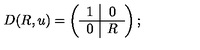
D ( R , u ) = \left( \begin{array} { c | c } { 1 } & { 0 } \\ \hline { 0 } & { R } \\ \end{array} \right) ;